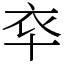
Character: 䘚